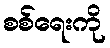
စစ်ရေးကို